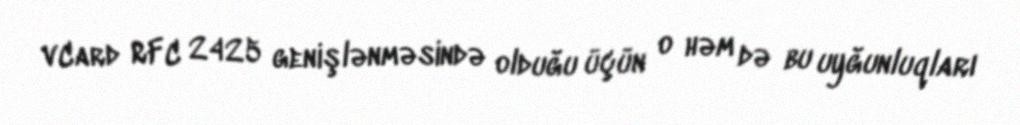
vCard RFC 2425 genişlənməsində olduğu üçün o həm də bu uyğunluqları